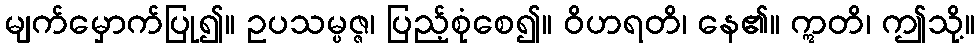
မျက်မှောက်ပြု၍။ ဥပသမ္ပဇ္ဇ၊ ပြည့်စုံစေ၍။ ဝိဟရတိ၊ နေ၏။ ဣတိ၊ ဤသို့။